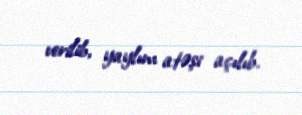
verilib, yaylım atəşi açılıb.